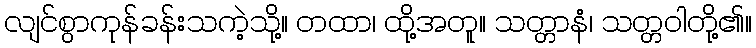
လျင်စွာကုန်ခန်းသကဲ့သို့။ တထာ၊ ထို့အတူ။ သတ္တာနံ၊ သတ္တဝါတို့၏။